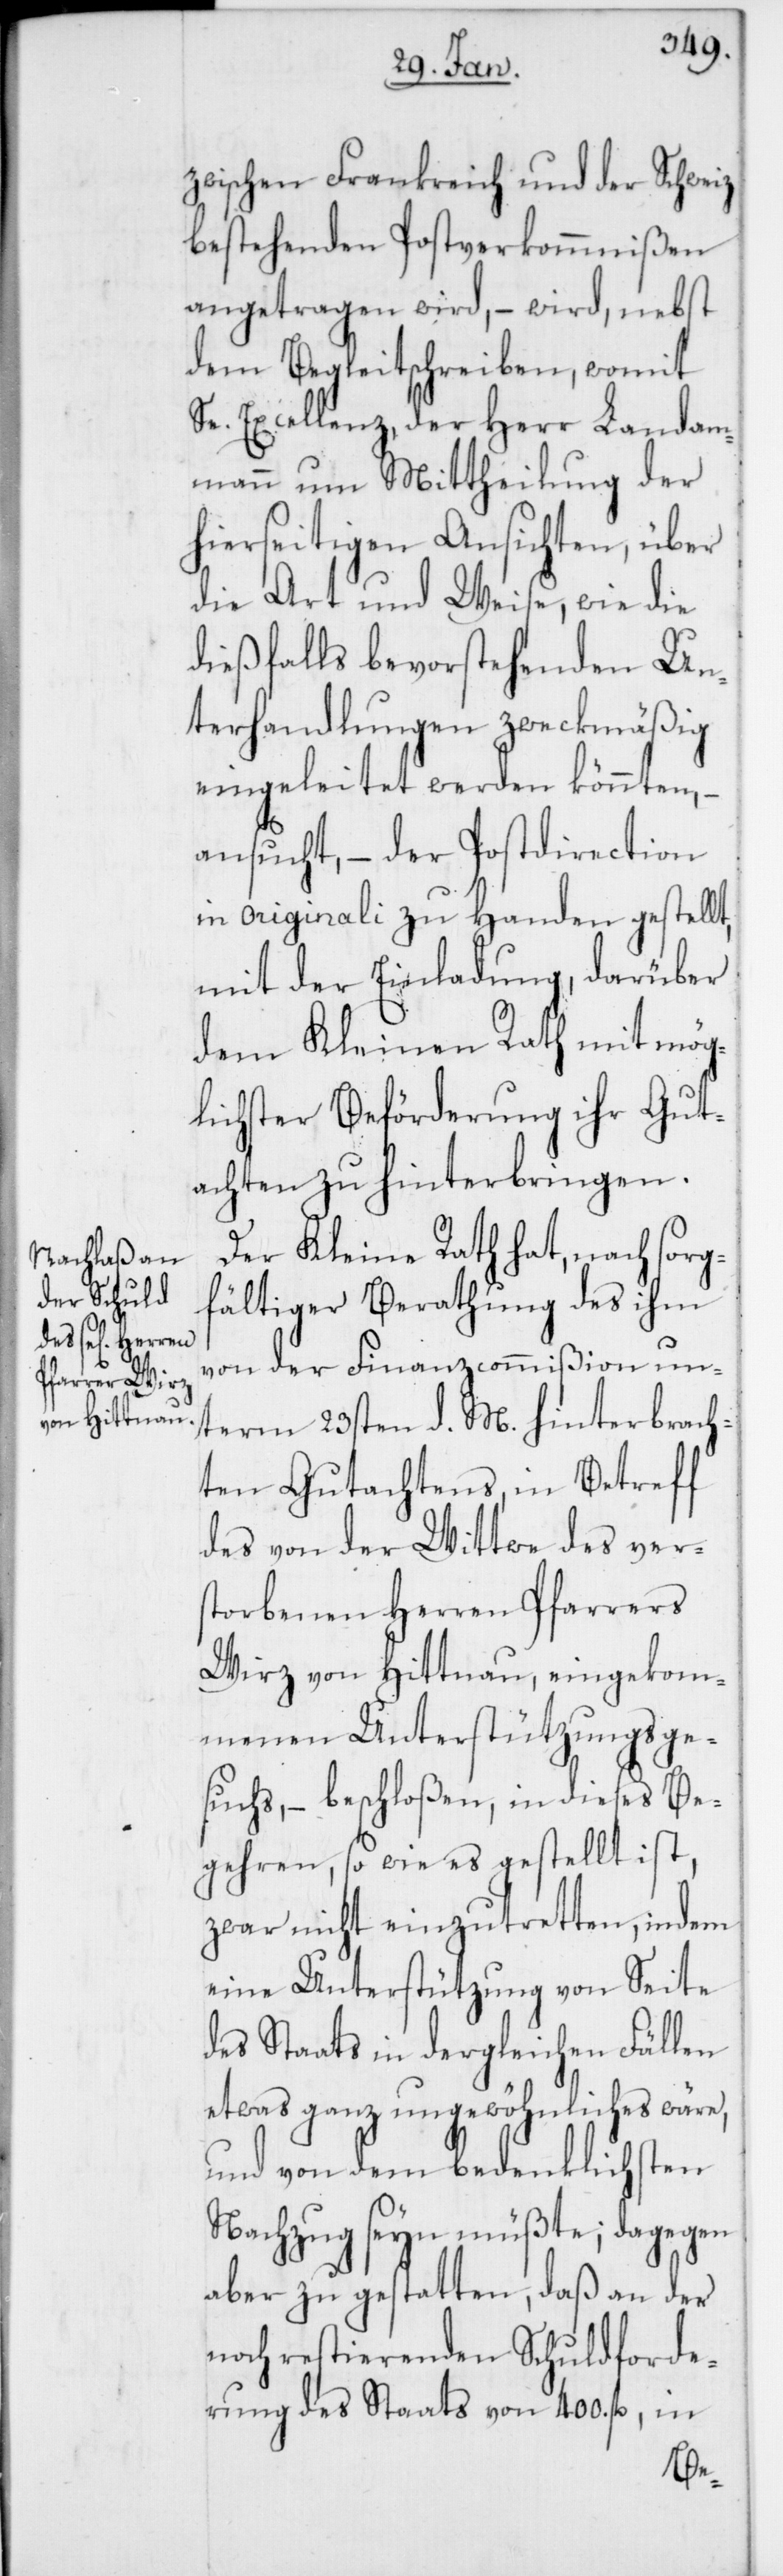
zwischen Frankreich und der Schweiz
bestehenden Postverkommnißen
angetragen wird, – wird, nebst
dem Begleitschreiben, womit
Se. Excellenz, der Herr Landam¬
mann um Mittheilung der
hierseitigen Ansichten, über
die Art und Weise, wie die
dießfalls bevorstehenden Un¬
terhandlungen zweckmäßig
eingeleitet werden könnten, –
ansucht, – der Postdirection
in Originali zu Handen gestellt,
mit der Einladung, darüber
dem Kleinen Rath mit mög¬
lichster Beförderung ihr Gut¬
achten zu hinterbringen.
Der Kleine Rath hat, nach sorg¬
fältiger Berathung des ihm
von der Finanzcommißion un¬
term 23sten d. M. hinterbrach¬
ten Gutachtens, in Betreff
des von der Witwe des vers¬
torbenen Herren Pfarrers
Wirz von Hittnau, eingekom¬
menen Unterstützungsge¬
suchs, – beschloßen, in dieses Be¬
gehren, so wie es gestellt ist,
zwar nicht einzutretten, indem
eine Unterstützung von Seite
des Staats in dergleichen Fällen
etwas ganz ungewöhnliches wäre,
und von dem bedenklichsten
Nachzug seyn müßte; dagegen
aber zu gestatten, daß an der
noch restierenden Schuldforde¬
rung des Staats von 400. fl., in